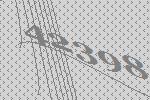
42398